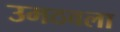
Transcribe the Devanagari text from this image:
उमठवला